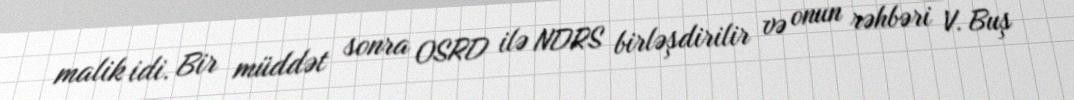
malik idi. Bir müddət sonra OSRD ilə NDRS birləşdirilir və onun rəhbəri V. Buş